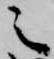
之